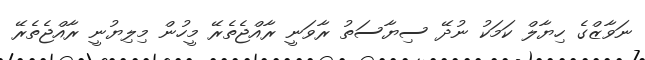
ނަވާޒްގެ ހިޔާލް ކަމަކު ނުދޭ ސިޔާސަތު ރާވަނީ ރާއްޖެތެރޭ މީހުން މިލިޔުނީ ރާއްޖެތެރޭ